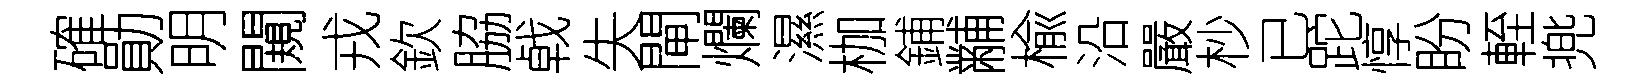
確勛明闚戎欽脇㦸失閘爛濕枷鋪黼楡沿嚴杪已跎惇盼輊兠